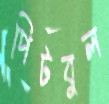
পিটবুল